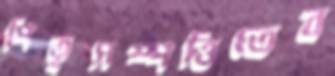
পিতৃসম্পত্তিতেব